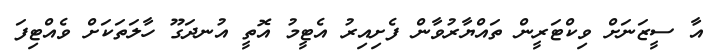
އާ ސީޒަނަށް ވިކްޓަރީން ތައްޔާރުވާން ފެށިއިރު އެޓީމު އޮތީ އުނދަގޫ ހާލަތަކަށް ވެއްޓިފަ